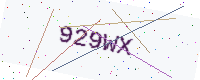
Text: 929WX